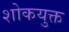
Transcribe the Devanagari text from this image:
शोकयुक्त